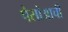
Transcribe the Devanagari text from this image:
पेसोआची